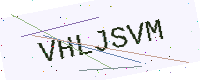
Text: VHLJSVM